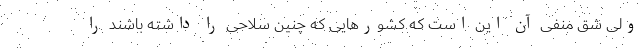
ولی شق منفی آن این است که کشورهایی که چنین سلاحی را داشته باشند را